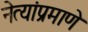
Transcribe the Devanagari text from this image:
नेत्यांप्रमाणे